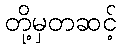
တို့မှတဆင့်